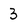
Character: 3